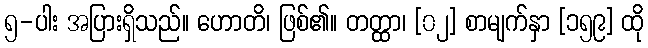
၅-ပါး အပြားရှိသည်။ ဟောတိ၊ ဖြစ်၏။ တတ္ထာ၊ [၀၂] စာမျက်နှာ [၁၅၉] ထို